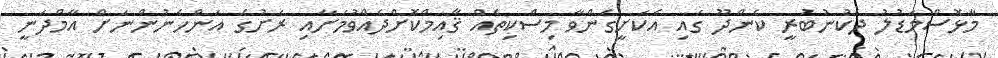
މާޅޮސްމަޑުލު ދެކުނުބުރީ ކެންދޫ ގައި އެކަށީގެންވާ މިސްކިތެއް ޤާއިމްކޮށްދެއްވުމަށާއި ރަށުގެ އަންހެނުންނަށް އާމްދަނީ